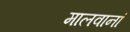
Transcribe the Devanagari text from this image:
मालवानां